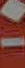
-